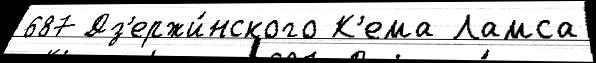
687 Дз'ержи́нского К'ема Ламса